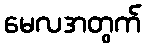
မေလအတွက်